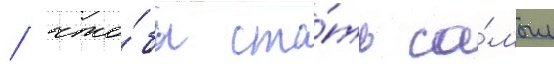
/ что́бы ста́ть са́мым